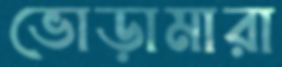
ভোড়ামারা